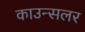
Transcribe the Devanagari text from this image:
काउन्सलर